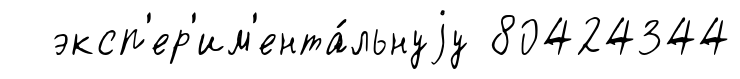
эксп'ер'им'ента́льнуjу 80424344